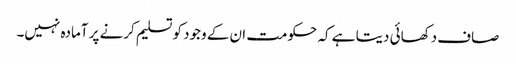
صاف دکھائی دیتا ہے کہ حکومت ان کے وجود کو تسلیم کرنے پر آمادہ نہیں۔